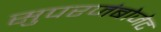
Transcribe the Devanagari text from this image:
सुपरजंबोजेट